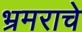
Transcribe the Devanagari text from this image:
भ्रमराचे